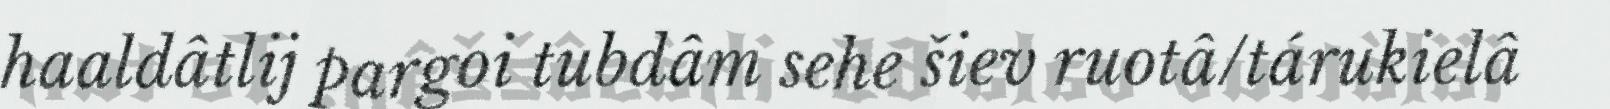
haaldâtlij pargoi tubdâm sehe šiev ruotâ/tárukielâ